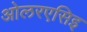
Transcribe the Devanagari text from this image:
ओलरएसिइ